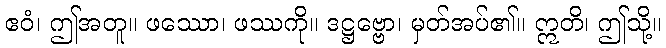
ဧဝံ၊ ဤအတူ။ ဖဿော၊ ဖဿကို။ ဒဋ္ဌဗ္ဗော၊ မှတ်အပ်၏။ ဣတိ၊ ဤသို့။